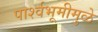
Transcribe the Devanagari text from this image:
पार्श्‍वभूमीमुळे